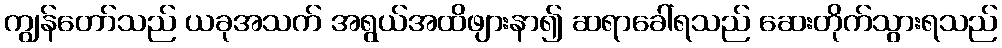
ကျွန်တော်သည် ယခုအသက် အရွယ်အထိဖျားနာ၍ ဆရာခေါ်ရသည် ဆေးတိုက်သွားရသည်